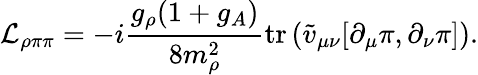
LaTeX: {\cal L}_{\rho\pi\pi}=-i\frac{g_{\rho}(1+g_{A})}{8m_{\rho}^{2}}\mathrm{tr}\left(\tilde{v}_{\mu\nu}[\partial_{\mu}{\pi},\partial_{\nu}{\pi}]\right).